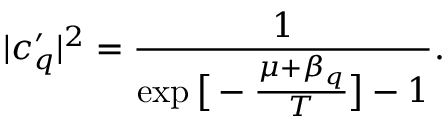
| c _ { q } ^ { \prime } | ^ { 2 } = \frac { 1 } { \exp { \big [ - \frac { \mu + \beta _ { q } } { T } \big ] } - 1 } .